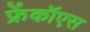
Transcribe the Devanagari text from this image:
फ्रेंकॉएस